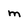
Character: m